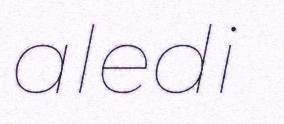
aledi